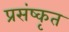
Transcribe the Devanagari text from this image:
प्रसंष्कृत